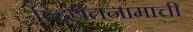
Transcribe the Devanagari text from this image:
व्हियेतनामाची